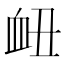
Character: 衄